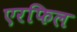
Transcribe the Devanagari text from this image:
एरफिल